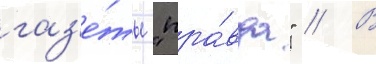
газ'е́ты "пра́вда" // В